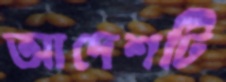
আদেশটি